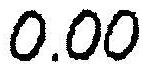
0.00